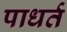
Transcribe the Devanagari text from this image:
पाधर्त